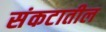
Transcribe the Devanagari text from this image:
संकटातील